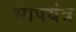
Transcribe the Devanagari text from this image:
भापयंत्र